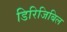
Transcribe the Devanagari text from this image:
डिरिजिबिल